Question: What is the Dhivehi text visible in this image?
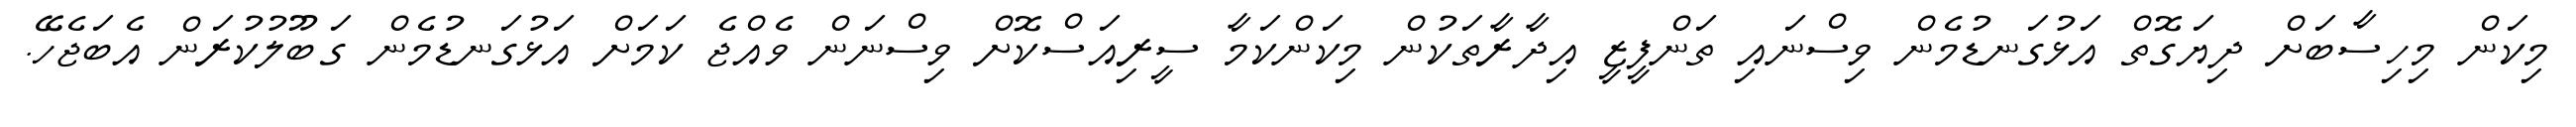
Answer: މިކަން މިހިސާބަށް ދިޔަގޮތް އަޅުގަނޑުމެން ވިސްނައި ތަންފީޒީ އިދާރާތަކުން މިކަންކަމާ ސީރިއަސްކޮށް ވިސްނަން ވެއްޖެ ކަމަށް އަޅުގަނޑުމެން ގަބޫލުކުރަން އެބަޖެހޭ.